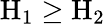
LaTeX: \mathrm{H}_{1}\geq\mathrm{H}_{2}